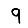
Digit: 9